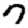
Digit: 7